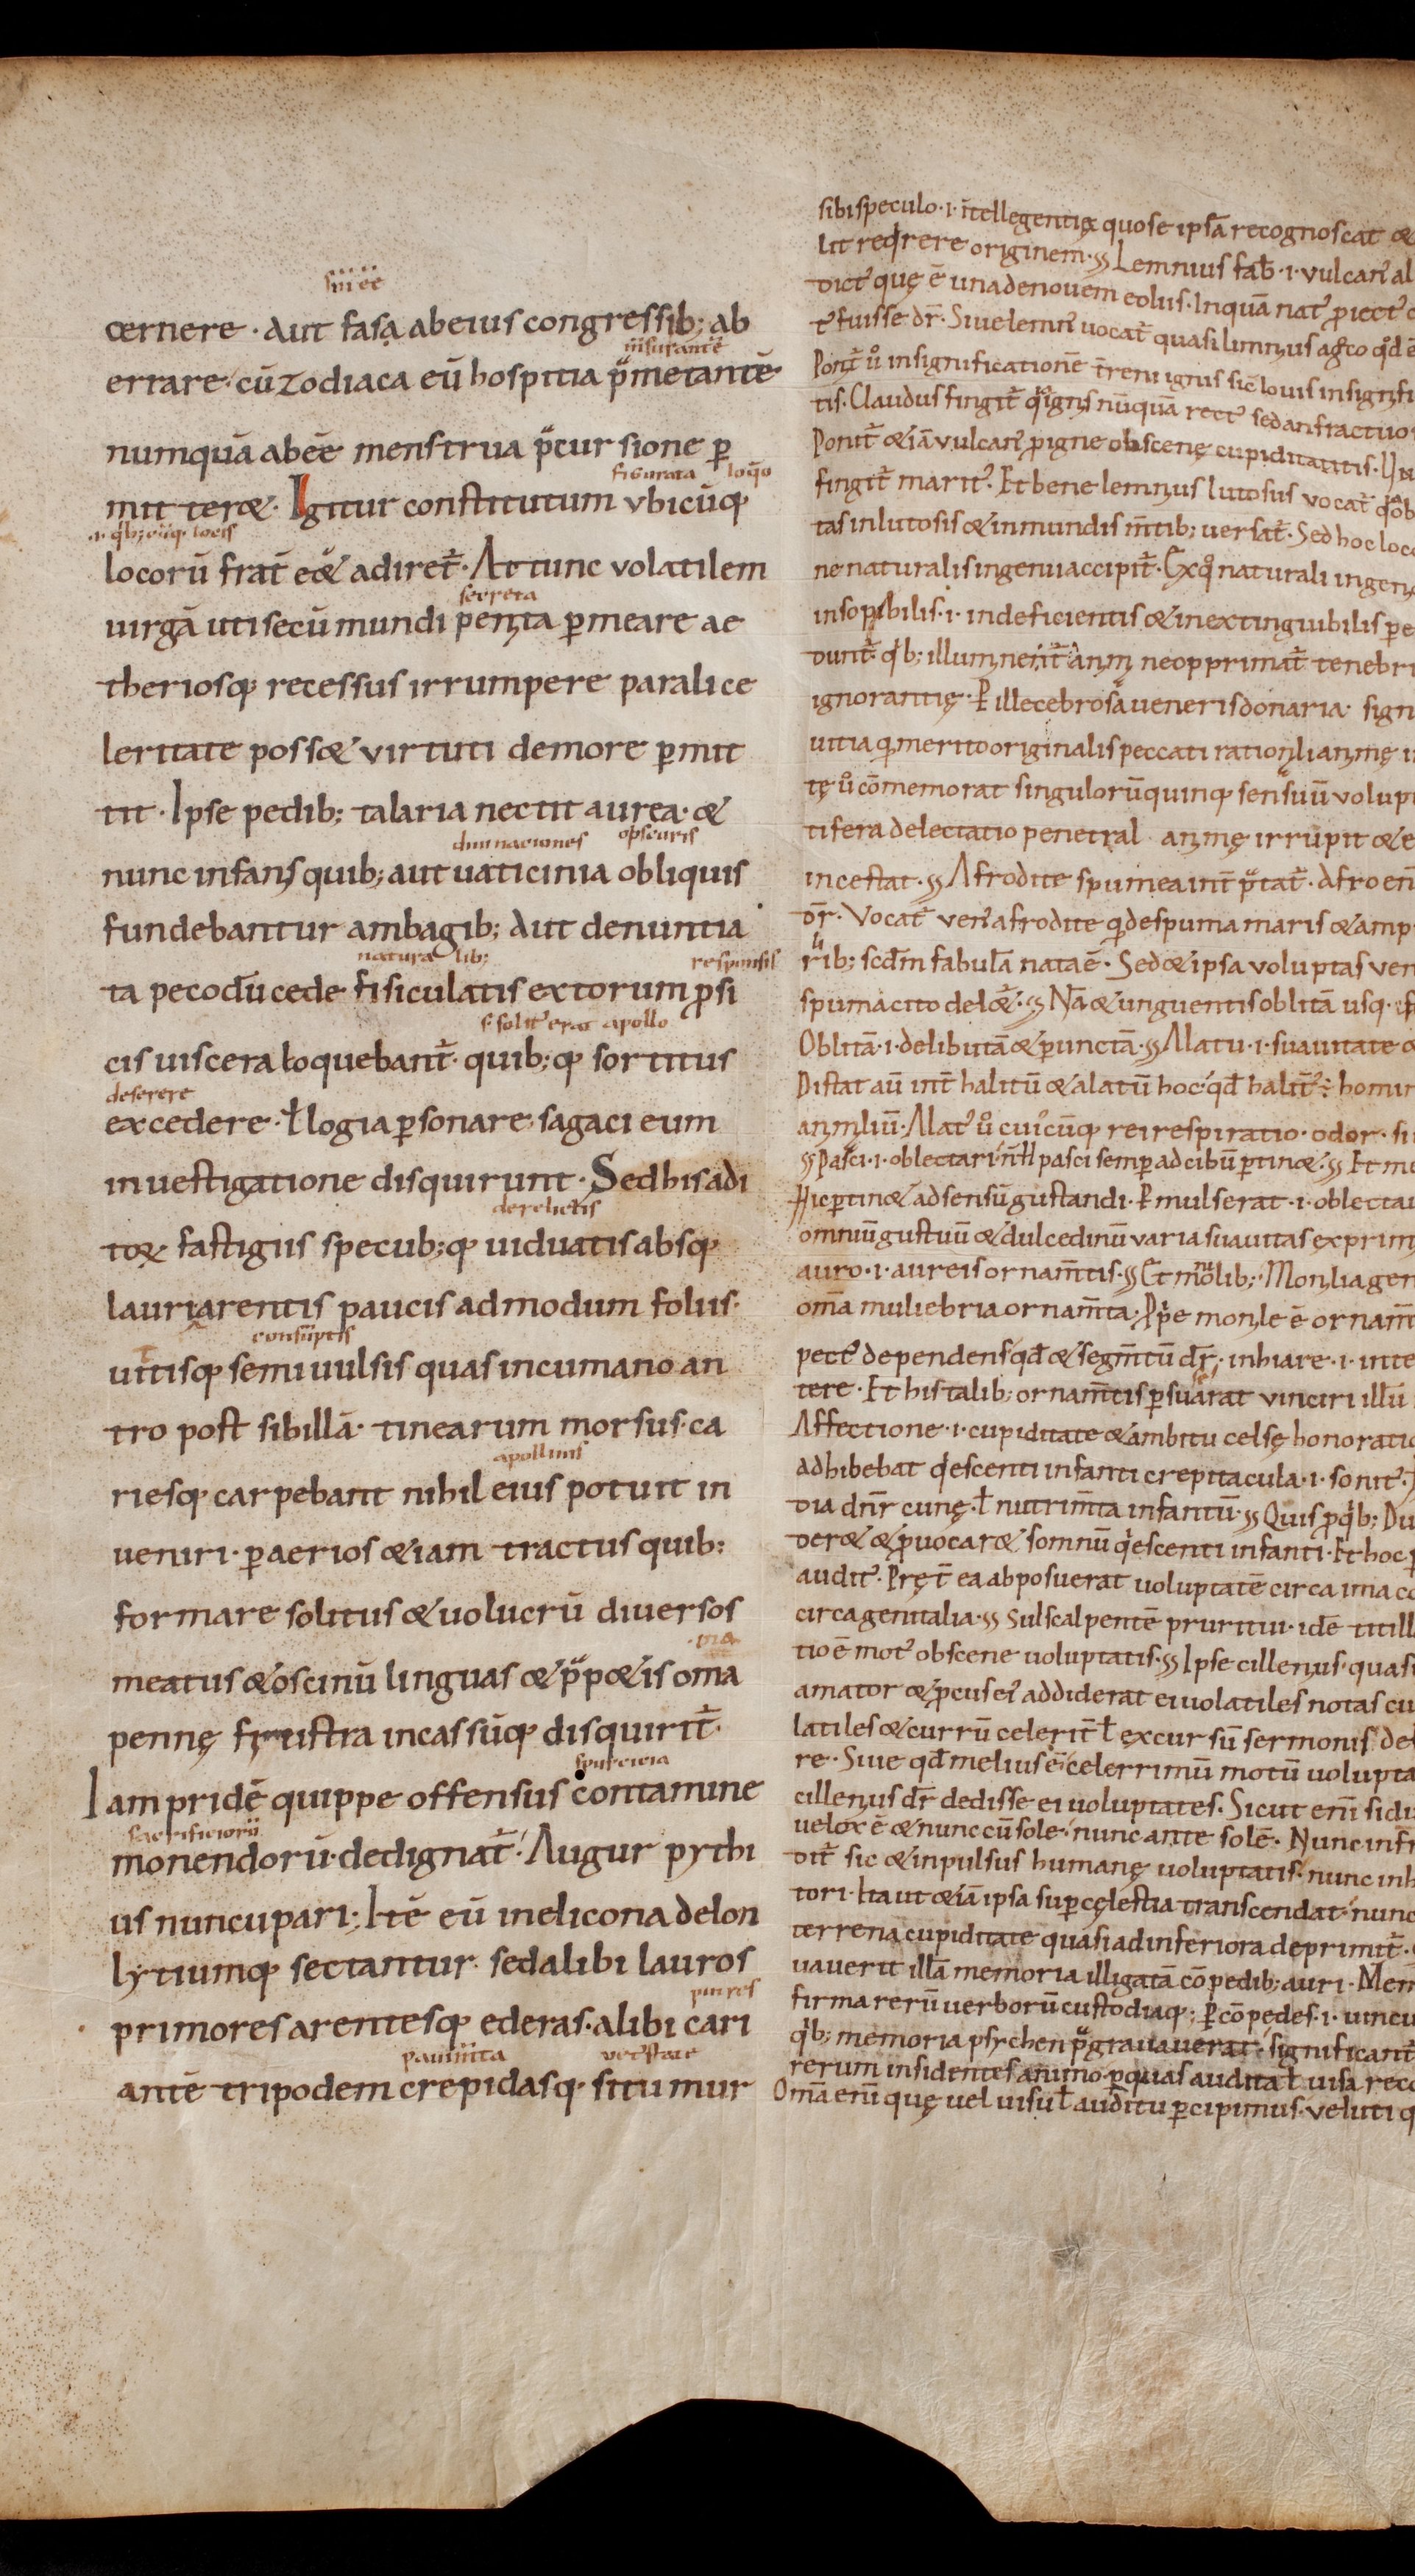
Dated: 1000–1099